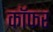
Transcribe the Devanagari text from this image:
कॉफर